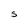
Character: S